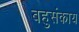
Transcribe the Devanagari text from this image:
बहुसंकाय